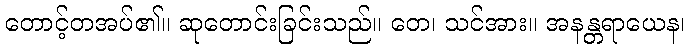
တောင့်တအပ်၏။ ဆုတောင်းခြင်းသည်။ တေ၊ သင်အား။ အနန္တရာယေန၊